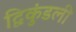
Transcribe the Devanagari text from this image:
द्विकुंडली